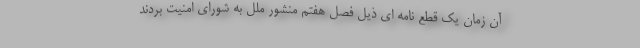
آن زمان یک قطع نامه ای ذیل فصل هفتم منشور ملل به شورای امنیت بردند